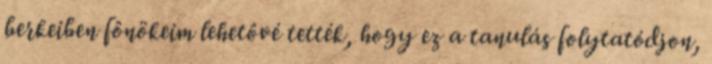
berkeiben fônökeim lehetôvé tették, hogy ez a tanulás folytatódjon,